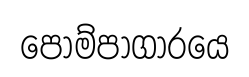
පොම්පාගාරයෙ